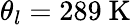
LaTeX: \theta_{l}=289~\mathrm{K}